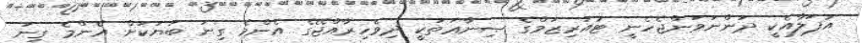
އުފަލާއެކީ ދަންނަވަންޖެހެނީ ޓުއަރިޒަމްގެ ޞިނާޢަތަކީ ދިވެހިރާއްޖޭގެ އެންމެ ގިނަ ބަޔަކަށް އެންމެ ގިނަ